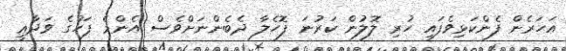
އަހަރެން ފެންކަޅިވެފައި ހުރި ލޮލުން ކަރުނަ ފޮހެލާ ދެބެންނަށްވެސް އެންމެ ފަހުގެ ވަދާޢީ